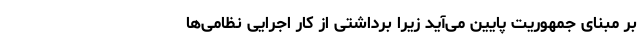
بر مبنای جمهوریت پایین می‌آید زیرا برداشتی از کار اجرایی نظامی‌ها